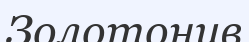
Золотонив